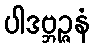
ပါဒဗ္ဘဉ္ဇနံ